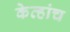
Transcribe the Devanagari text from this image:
केव्हांच